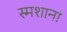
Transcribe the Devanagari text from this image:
स्मशाना